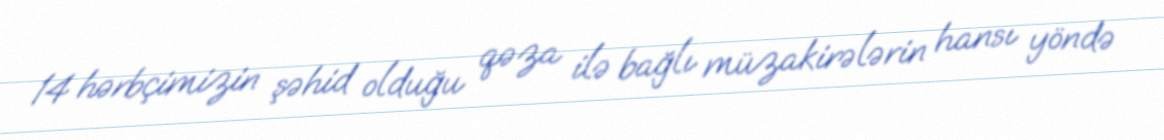
14 hərbçimizin şəhid olduğu qəza ilə bağlı müzakirələrin hansı yöndə